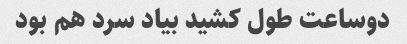
دوساعت طول کشید بیاد سرد هم بود